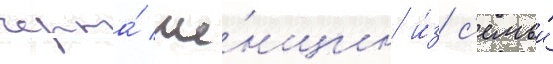
черта́ же́нщин и́з с'емьи́